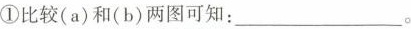
①比较(a)和(b)两图可知:___。